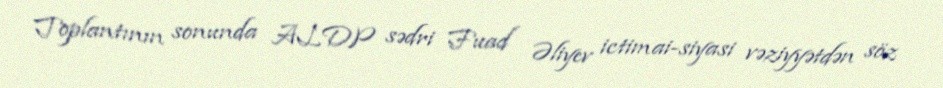
Toplantının sonunda ALDP sədri Fuad Əliyev ictimai-siyasi vəziyyətdən söz